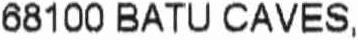
68100 BATU CAVES,